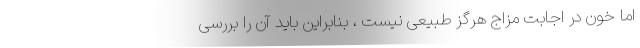
اما خون در اجابت مزاج هرگز طبیعی نیست ، بنابراین باید آن را بررسی